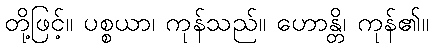
တို့ဖြင့်။ ပစ္စယာ၊ ကုန်သည်။ ဟောန္တိ၊ ကုန်၏။